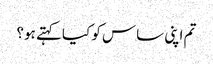
تم اپنی ساس کو کیا کہتے ہو؟